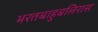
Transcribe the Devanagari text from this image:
भरतबाहुबलिरास